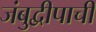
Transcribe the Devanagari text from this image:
जंबुद्वीपाची